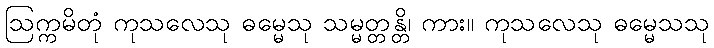
ဩက္ကမိတုံ ကုသလေသု ဓမ္မေသု သမ္မတ္တန္တိ၊ ကား။ ကုသလေသု ဓမ္မေသသု